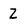
Character: Z